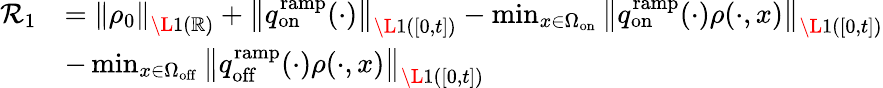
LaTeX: \begin{array}{rl}{\mathcal{R}_{1}}&{=\left\| \rho_{0}\right\| _{\L{1}(\mathbb{R})}+\left\| q_{\mathrm{on}}^{\mathrm{ramp}}(\cdot)\right\| _{\L{1}([0,t])}-\operatorname*{min}_{x\in\Omega_{\mathrm{on}}}\left\| q_{\mathrm{on}}^{\mathrm{ramp}}(\cdot)\rho(\cdot,x)\right\| _{\L{1}([0,t])}}\\ &{-\operatorname*{min}_{x\in\Omega_{\mathrm{off}}}\left\| q_{\mathrm{off}}^{\mathrm{ramp}}(\cdot)\rho(\cdot,x)\right\| _{\L{1}([0,t])}}\end{array}